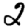
Digit: 2